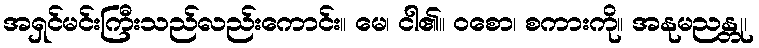
အရှင်မင်းကြီးသည်လည်းကောင်း။ မေ၊ ငါ၏။ ဝစော၊ စကားကို။ အနုမညန္တု၊